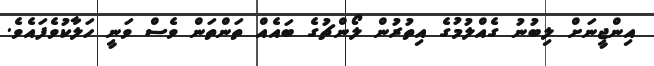
އިންޖީނަށް ލިބުނު ގެއްލުމުގެ އިތުރުން ލޯންޗުގެ ބައެއް ތަންތަން ވެސް ވަނީ ހަލާކުވެފައެވެ.